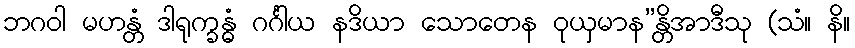
ဘဂဝါ မဟန္တံ ဒါရုက္ခန္ဓံ ဂင်္ဂါယ နဒိယာ သောတေန ဝုယှမာန”န္တိအာဒီသု (သံ။ နိ။